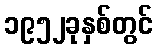
၁၉၅၂ခုနှစ်တွင်